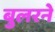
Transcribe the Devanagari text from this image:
बुलरने